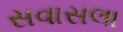
સવાસલા